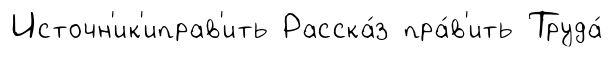
Источн'ик'иправ'ить Расска́з пра́в'ить Труда́